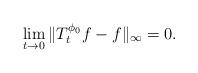
LaTeX: \begin{align*}\lim_{t\to 0}\|T^{\phi_0}_tf-f\|_\infty=0.\end{align*}